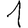
Digit: 1